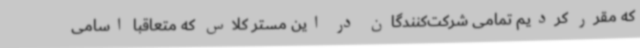
که مقرر کردیم تمامی شرکت‌کنندگان در این مستر کلاس که متعاقبا اسامی